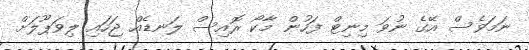
ނަމަވެސް އޭގެ ނުވަ މިނިޓް ފަހުން މާކޯ ރޮއިސް ލަނޑެއް ޖަހައި ލިވަޕޫލަށް